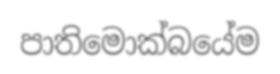
පාතිමොක්බයේම